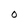
Character: M